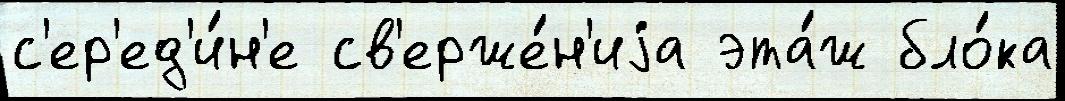
с'ер'ед'и́н'е св'ерже́н'иjа эта́ж бло́ка